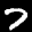
Label: 7